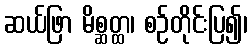
ဆယ်ဖြာ မိစ္ဆတ္ထ၊ စဉ်တိုင်းပြ၍၊